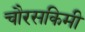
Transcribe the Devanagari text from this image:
चौरसकिमी